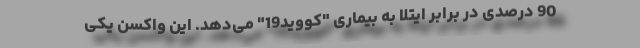
90 درصدی در برابر ایتلا به بیماری "کووید19" می‌دهد. این واکسن یکی